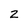
Character: 2